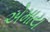
એમાય